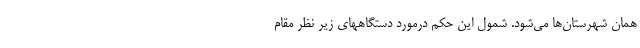
همان شهرستان‌ها می‌شود. شمول این حکم درمورد دستگاههای زیر نظر مقام